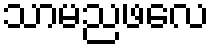
သာမညဖလေ